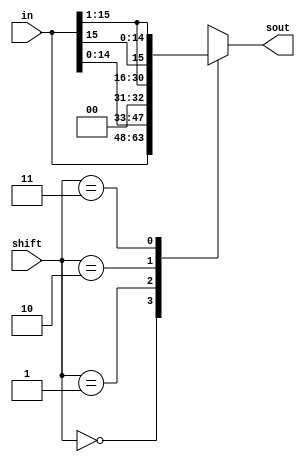
module shifter(in,shift,sout);

//instantiates all the signals required
input [15:0] in;
input [1:0] shift;
output [15:0] sout;
reg [15:0] sout;

//always block to determine output based on the current value of shift
always @* begin
	case(shift)
		//output remains the same as input
		2'b00: sout = in;
		//output is a 1 bit left logical shift of input
		2'b01: sout = in<<1;
		//output is a 1 bit right logical shift of input
		2'b10: sout = in>>1;
		//output is a 1 bit right arithmetic shift of input
		2'b11: sout = $signed(in) >>> 1;
		//default case, if code is correct it should never reach this case
		default: sout = 16'bxxxxxxxxxxxxxxxx;

	endcase

end
endmodule